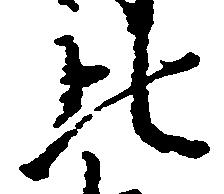
比